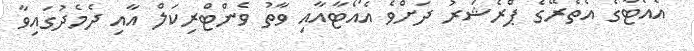
އެއޯޓާގެ އެތެރޭގެ ޕްރެޝަރު ދަށްވެ އެއޯޓާއާއި ވާތު ވެންޓްރިކަލް އާއި ދެމެދުގައިވާ